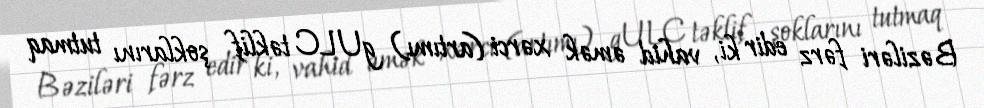
Bəziləri fərz edir ki, vahid əmək xərci (artımı) gULC təklif şoklarını tutmaq